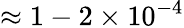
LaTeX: \approx 1-2\times 10^{-4}